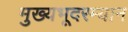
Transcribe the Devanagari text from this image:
मुख्यभूदरम्यान